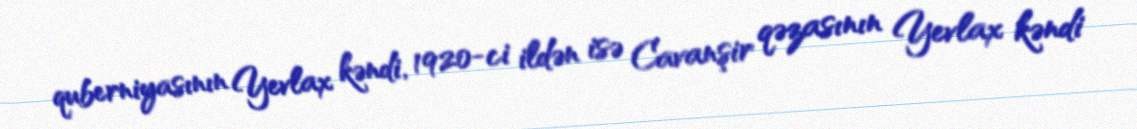
quberniyasının Yevlax kəndi, 1920-ci ildən isə Cavanşir qəzasının Yevlax kəndi